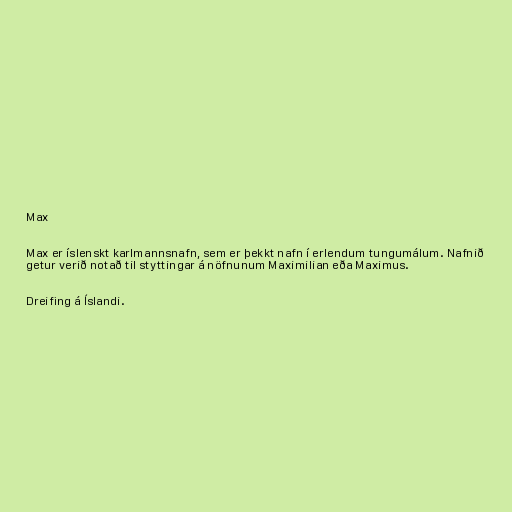
Max

Max er íslenskt karlmannsnafn, sem er þekkt nafn í erlendum tungumálum. Nafnið
getur verið notað til styttingar á nöfnunum Maximilian eða Maximus.

Dreifing á Íslandi.